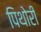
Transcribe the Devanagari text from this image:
पिथोरी